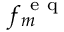
\ensuremath { f ^ { \mathrm { ~ e ~ q ~ } } } _ { m }